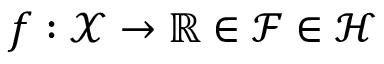
f : \mathcal { X } \to \mathbb { R } \in \mathcal { F } \in \mathcal { H }